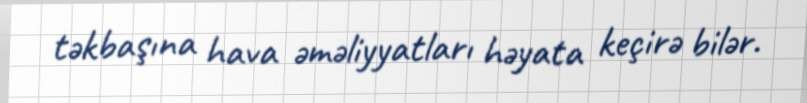
təkbaşına hava əməliyyatları həyata keçirə bilər.